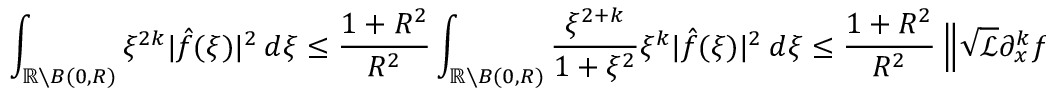
\int _ { \mathbb { R } \setminus B ( 0 , R ) } \xi ^ { 2 k } | \hat { f } ( \xi ) | ^ { 2 } \ d \xi \leq \frac { 1 + R ^ { 2 } } { R ^ { 2 } } \int _ { \mathbb { R } \setminus B ( 0 , R ) } \frac { \xi ^ { 2 + k } } { 1 + \xi ^ { 2 } } \xi ^ { k } | \hat { f } ( \xi ) | ^ { 2 } \ d \xi \leq \frac { 1 + R ^ { 2 } } { R ^ { 2 } } \left\| \sqrt { \mathscr { L } } \partial _ { x } ^ { k } f \right\| _ { L ^ { 2 } } ^ { 2 } .